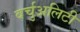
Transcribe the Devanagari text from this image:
वर्चुअलिटी